Account of plague administration in the Bombay Presidency from September 1896 till May 1897
Year: 1896
Disease focus: Plague
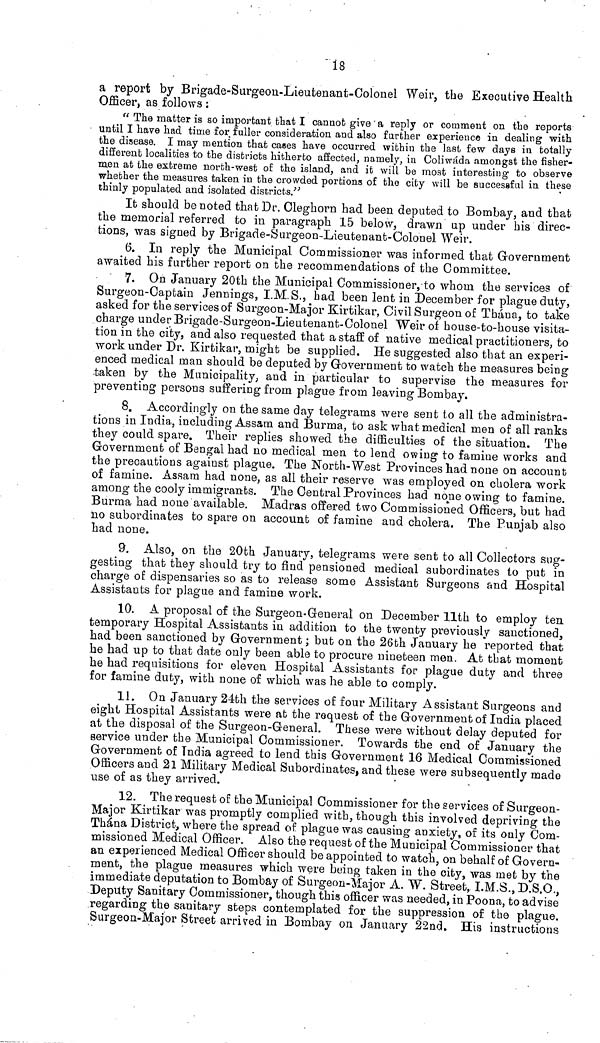
18
a report by Brigade-Surgeon-Lieutenant-Colonel Weir, the Executive Health
Officer, as follows :
{t The matter is so important that I cannot give a reply or comment on the reports
until I have had time for fuller consideration and also further experience in dealing with
the disease. I may mention that cases have occurred within the last few days in totally
diffei*ent localities to the districts hitherto affected, namely, in. Coliwada amongst the fisher-
men at the extreme north-west of the island, and it will be most interesting· to observe
whether the measures taken in the crowded portions of the city will be successful in these
thinly populated and isolated districts/'
It should be noted that Dr. Oleghorn had been deputed to Bombay, and that
the memorial referred to in paragraph 15 below, drawn up under his direc-
tions, was signed by Brigade-Surgeon-Lieutenant-Colonel \Yeir.
6. In reply the Municipal Commissioner was informed that Government
awaited his further report on the recommendations of the Committee.
7. On January 20th the Municipal Commissioner, to whom the services of
Surgeon-Captain Jennings, I.M.S., had been lent in December for plague duty,
asked for the services of Surgeon-Major Kirtikar, Civil Surgeon of Thana, to take
charge under Brigade-Surgeon-Lieutenant-Colonel "Weir of house-to-house visita-
tion in the city, and also requested that a staff of native medical practitioners, to
work under Dr. Kirtikar, might be supplied. He suggested also that an experi-
enced medical man should be deputed by Government to watch the measures being
taken by the Municipality, and in particular to supervise the measures for
preventing persons suffering from plague from leaving Bombay.
8. Accordingly on the same day telegrams were sent to all the administra-
tions in India, including Assam and Burma, to ask what medical men of all ranks
they could spare. Their replies showed the difficulties of the situation. The
Government of Bengal had no medical men to lend owing to famine works and
the precautions against plague. The North-West Provinces had none on account
of famine. Assam had none, as all their reserve was employed on cholera work
among the cooly immigrants. The Central Provinces had none owing to famine.
Burma had none available. Madras offered two Commissioned Officers, but had
no subordinates to spare on account of famine and cholera. The Punjab also
had none.
9. Also, on the 20th January, telegrams were sent to all Collectors sug-
gesting that they should try to find pensioned medical subordinates to put in
charge of dispensaries so as to release some Assistant Surgeons and Hospital
Assistants for plague and famine work.
10. A proposal of the Surgeon-General on December lltli to employ ten
temporary Hospital Assistants in addition to the twenty previously sanctioned,
had been sanctioned by Government ; but on the 26th January he reported that
he had up to that date only been able to procure nineteen men. Afc that moment
he had requisitions for eleven Hospital Assistants for plague duty and three
for famine duty, with none of which was he able to comply.
11. On January 24th the services of four Military Assistant Surgeons and
eight Hospital Assistants were at the request of the Government of India placed
at the disposal of the Surgeon-General. These were without delay deputed for
service under the Municipal Commissioner. Towards the end of January the
Government of India agreed to lend this Government 16 Medical Commissioned
Officers and 21 Military Medical Subordinates, and these were subsequently made
use of as they arrived.
12. The request of the Municipal Commissioner for the services of Surgeon-
Major Kirtikar was promptly complied with, though this involved depriving the
Thàna District, where the spread of plague was causing anxiety, of its only Com-
missioned Medical Officer. Also the request of the Municipal Commissioner that
an experienced Medical Officer should be appointed to watch, on behalf of Govern-
ment, the plague measures which were being taken in the city, was met by the
immediate deputation to Bombay of Surgeon-Major A. ~W. Street, I.M.S.,D.S.O.,
Deputy Sanitary Commissioner, though this officer was needed, in Poona, to advise
regarding the sanitary steps contemplated for the suppression of the plague.
Surgeon-Major Street arrived in Bombay on January 22nd. His instructions